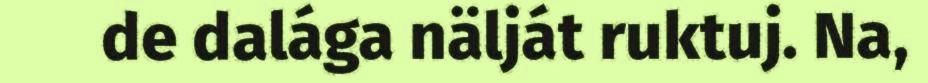
de dalága nälját ruktuj. Na,